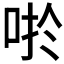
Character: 𱒬